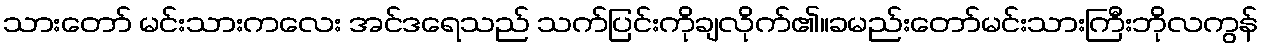
သားတော် မင်းသားကလေး အင်ဒရေသည် သက်ပြင်းကိုချလိုက်၏။ခမည်းတော်မင်းသားကြီးဘိုလကွန်